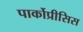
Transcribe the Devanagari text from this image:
पार्कोप्रीसिस